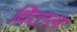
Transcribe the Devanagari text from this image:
विटाल